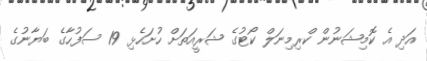
އަދި އެ ކޮމިޝަނުން ކްރިމިނަލް ކޯޓުގެ ޝަރީއަތަށް ހުށަހެޅި 19 ސަފުހާގެ ބަޔާނުގެ